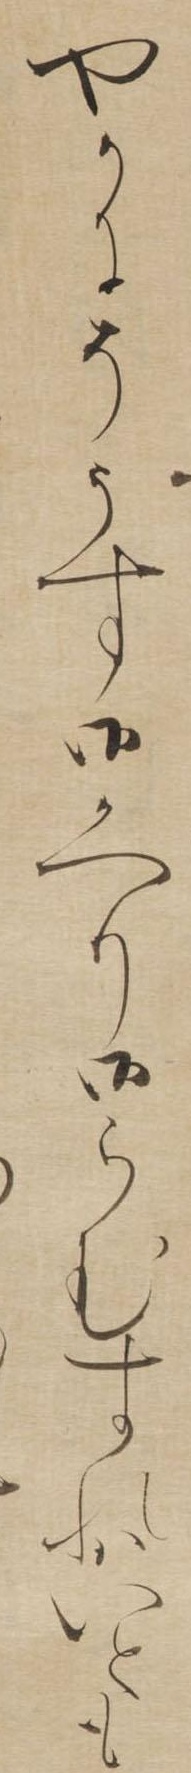
やかにそうす御かへり御らむすれはいとも